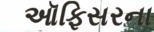
ઑફિસરના